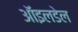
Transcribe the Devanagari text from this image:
ऑइलडेल